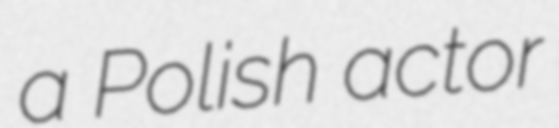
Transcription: a Polish actor